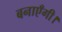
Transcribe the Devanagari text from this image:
बनाएँगी।